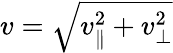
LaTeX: v=\sqrt{v_{\parallel}^{2}+v_{\perp}^{2}}